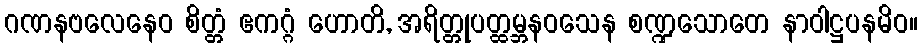
ဂဏနဗလေနေဝ စိတ္တံ ဧကဂ္ဂံ ဟောတိ, အရိတ္တုပတ္ထမ္ဘနဝသေန စဏ္ဍသောတေ နာဝါဋ္ဌပနမိဝ။